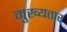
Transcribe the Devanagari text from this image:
मुख्यतार